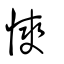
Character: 慡